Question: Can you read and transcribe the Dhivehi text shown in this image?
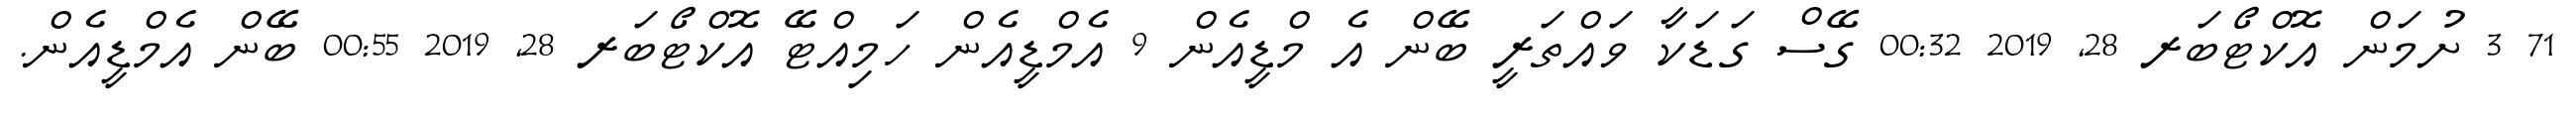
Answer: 71 3 ށުމަން އޮކްޓޯބަރ 28, 2019 00:32 ގޭސް ގަޑަކާ ވައްތަރީ ބޭން އެ މްޑީއެން 9 އެމްޑީއެން ހަމިއްޓޭ އޮކްޓޯބަރ 28, 2019 00:55 ބޭން އެމްޑީއެން.